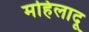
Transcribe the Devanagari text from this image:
महिलादू